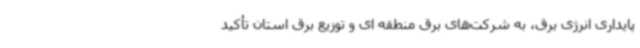
پایداری انرژی برق، به شرکت‌های برق منطقه ای و توزیع برق استان تأکید